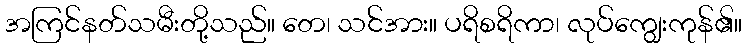
အကြင်နတ်သမီးတို့သည်။ တေ၊ သင်အား။ ပရိစရိကာ၊ လုပ်ကျွေးကုန်၏။